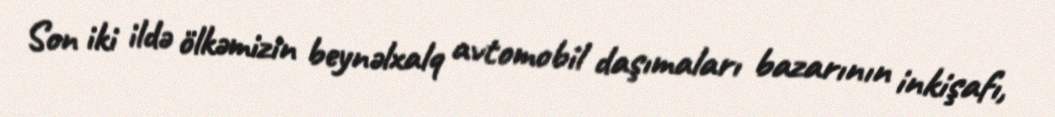
Son iki ildə ölkəmizin beynəlxalq avtomobil daşımaları bazarının inkişafı,